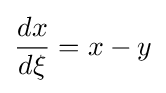
{\frac {dx}{d\xi }}=x-y